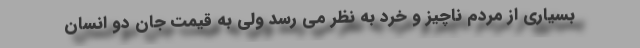
بسیاری از مردم ناچیز و خرد به نظر می رسد ولی به قیمت جان دو انسان